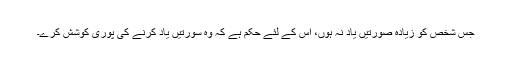
جس شخص کو زیادہ صورتیں یاد نہ ہوں، اس کے لئے حکم ہے کہ وہ سورتیں یاد کرنے کی پوری کوشش کرے۔